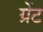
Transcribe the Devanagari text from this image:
ग्रेंट